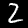
Digit: 2